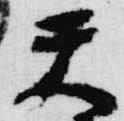
天